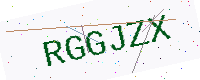
Text: RGGJZX